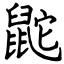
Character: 鼧